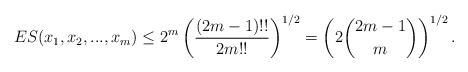
LaTeX: \begin{align*}ES(x_1,x_2,...,x_m)\le 2^{m}\left(\frac{(2m-1)!!}{2m!! }\right)^{1/2}=\left(2\binom{2m-1}{m} \right)^{1/2}.\end{align*}